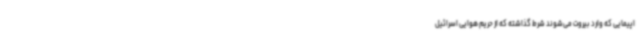
اپیمایی که وارد بیروت می‌شوند شرط گذاشته که از حریم هوایی اسرائیل